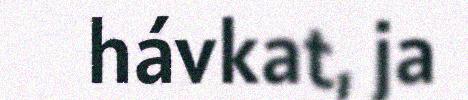
hávkat, ja